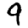
Digit: 9